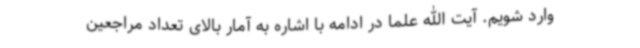
وارد شویم. آیت الله علما در ادامه با اشاره به آمار بالای تعداد مراجعین